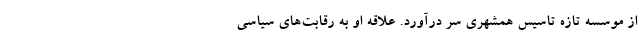
از موسسه تازه تاسیس همشهری سر درآورد. علاقه او به رقابت‌های سیاسی